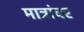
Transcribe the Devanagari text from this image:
मात्रांवर